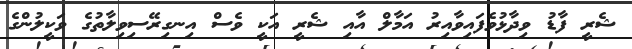
ޝެރީ ފާޑު ވިދާޅުވެފައިވާއިރު އަމާލް އާއި ޝެރީ އަކީ ވެސް އިނގިރޭސިވިލާތުގެ ވަކީލުންގެ